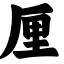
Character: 厘